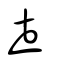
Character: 壴